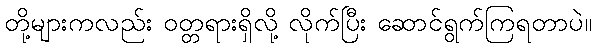
တို့များကလည်း ဝတ္တရားရှိလို့ လိုက်ပြီး ဆောင်ရွက်ကြရတာပဲ။